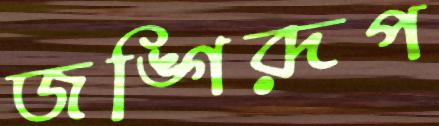
জঙ্গিরূপ